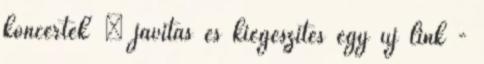
koncertek' » javítás és kiegészítés egy új link -